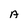
Character: A